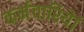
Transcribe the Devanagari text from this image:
कर्मचारियेां